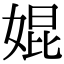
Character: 婫